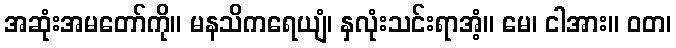
အဆုံးအမတော်ကို။ မနသိကရေယျံ၊ နှလုံးသင်းရာအံ့။ မေ၊ ငါအား။ ဝတ၊